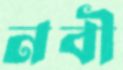
নবী